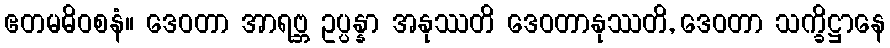
ဧတမဓိဝစနံ။ ဒေဝတာ အာရဗ္ဘ ဥပ္ပန္နာ အနုဿတိ ဒေဝတာနုဿတိ, ဒေဝတာ သက္ခိဋ္ဌာနေ